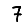
Digit: 7